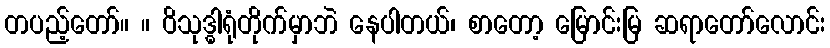
တပည့်တော်။ ။ ဝိသုဒ္ဓါရုံတိုက်မှာဘဲ နေပါတယ်၊ စာတော့ မြောင်းမြ ဆရာတော်လောင်း